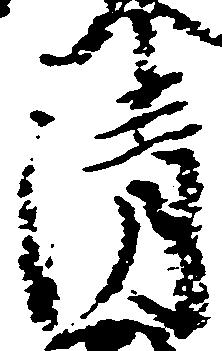
清